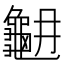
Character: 𪚳